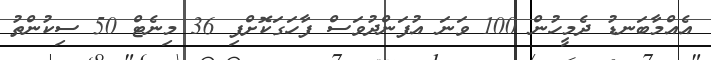
އެއްމާބަނޑު ދެމީހުން 100 ވަނަ އުފަންދުވަސް ފާހަގަކޮށްފި 36 މިނެޓް 50 ސިކުންތު